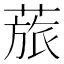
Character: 𱾊